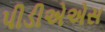
પીડીએએસ